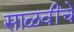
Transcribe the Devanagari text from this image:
साळवींचे